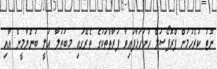
ނޫޓު ކުރެހުމަށް ޕްރޮޕޯސަލް ހުށަހަޅާފައިވާ ފަރާތްތަކުގެ ތެރޭގައި މ.ބަތަލާ އަލީ ބުންޔާމީން އާއި